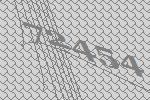
72454